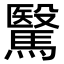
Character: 𩥯